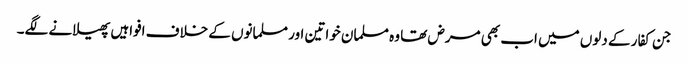
جن کفار کے دلوں میں اب بھی مرض تھا وہ مسلمان خواتین اور مسلمانوں کے خلاف افواہیں پھیلانے لگے۔